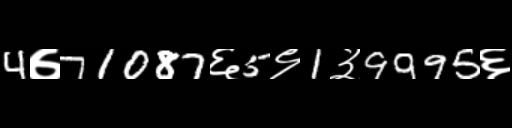
Text: 4७71087६5९1३9995६